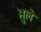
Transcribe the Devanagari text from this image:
भुले